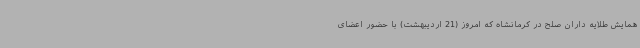
همایش طلایه داران صلح در کرمانشاه که امروز (21 اردیبهشت) با حضور اعضای